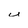
Character: u